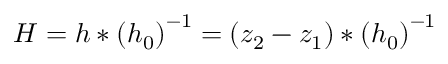
H = h * \left( h _ { 0 } \right) ^ { - 1 } = \left( z _ { 2 } - z _ { 1 } \right) * \left( h _ { 0 } \right) ^ { - 1 }